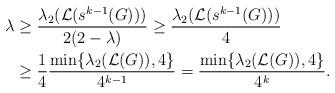
LaTeX: \begin{align*}\lambda &\geq \frac{\lambda_2(\mathcal{L}(s^{k-1}(G)))}{2(2-\lambda)} \geq \frac{\lambda_2(\mathcal{L}(s^{k-1}(G)))}{4} \\&\geq \frac{1}{4}\frac{\min\{\lambda_2(\mathcal{L}(G)),4\}}{4^{k-1}}= \frac{\min\{\lambda_2(\mathcal{L}(G)),4\}}{4^k}.\end{align*}